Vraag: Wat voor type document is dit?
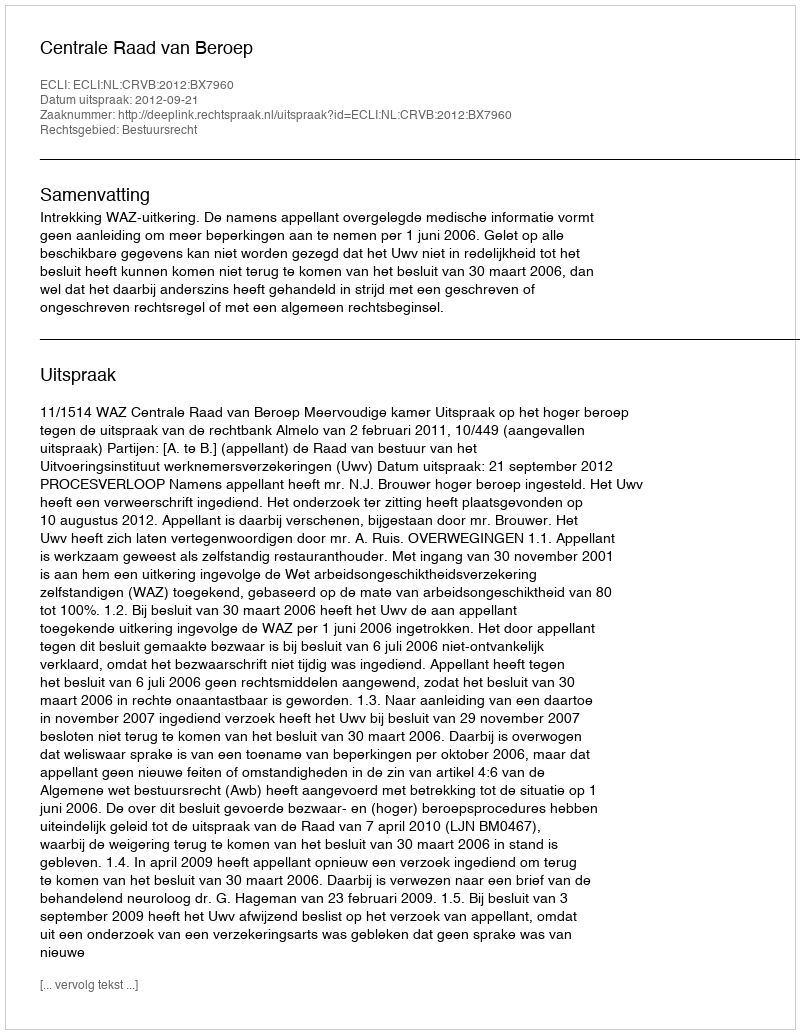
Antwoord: Uitspraak